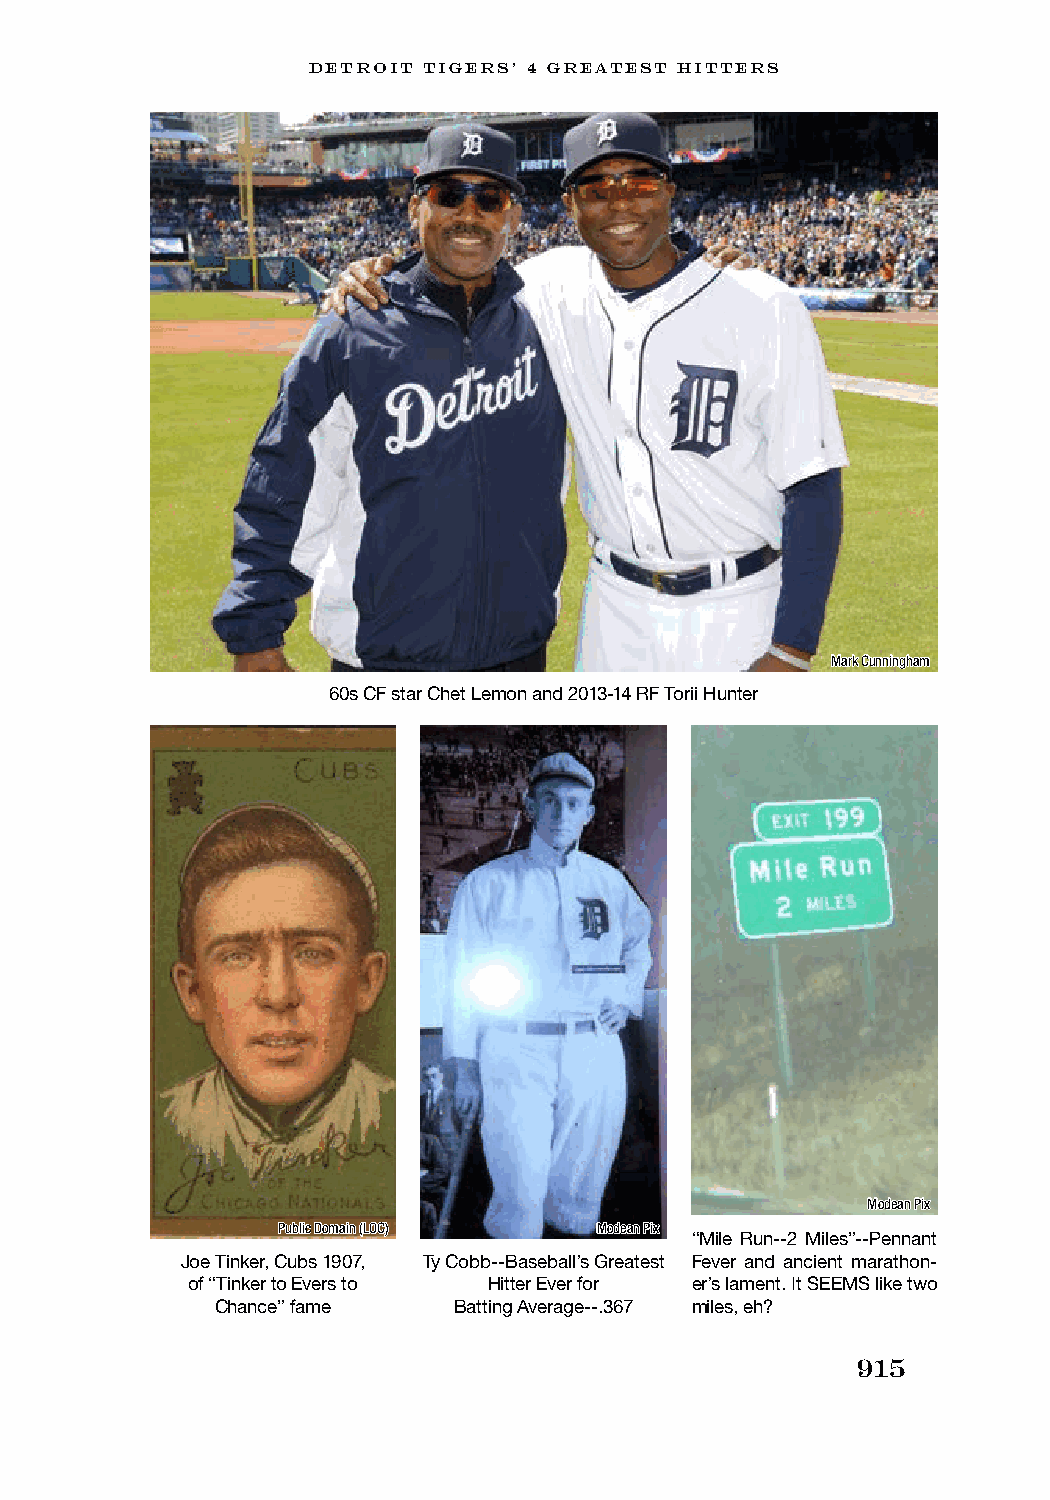
DETROIT TIGERS’ 4 GREATEST HITTERS
 Mark Cunningham
 60s CF star Chet Lemon and 2013-14 RF Torii Hunter
 Modean Pix
 Public Domain (LOC)  Modean Pix
 “Mile Run--2 Miles”--Pennant
 Joe Tinker, Cubs 1907, Ty Cobb--Baseball’s Greatest Fever and ancient marathon-
 of “Tinker to Evers to Hitter Ever for er’s lament. It SEEMS like two
 Chance” fame    Batting Average--.367 miles, eh?
 915